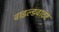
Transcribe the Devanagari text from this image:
वाइल्डवाटर